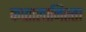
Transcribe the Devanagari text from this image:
कातालानिस्ता